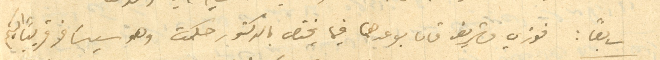
سابعًا: فوزي وشريف قاما بوعدهما فيما يختص بالدكتور حكمت وهو سيسَافر قريبًا اليكم